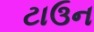
ટાઉન